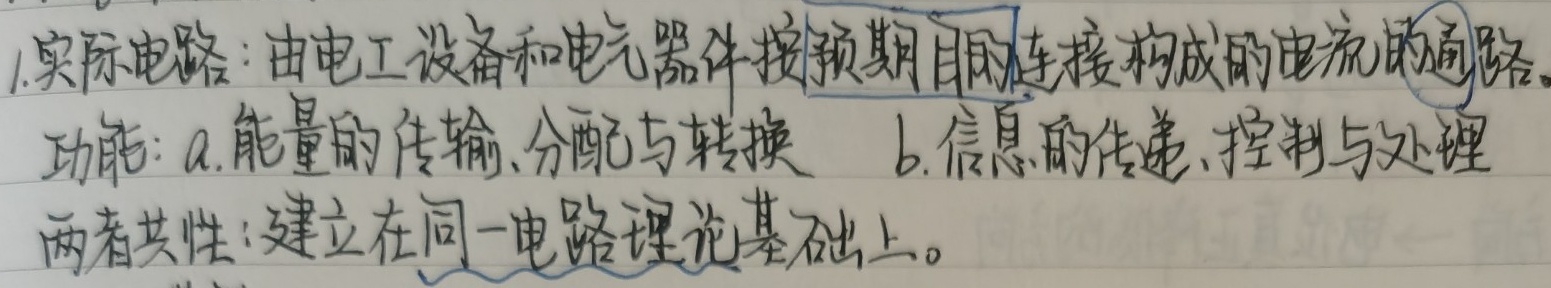
实际电路：由电工设备和电气器件按预期目的连接构成的电流的通路。功能：
a. 能量的传输、分配与转换
b. 信息的传递、控制与处理
两者共性：建立在同一电路理论基础上。